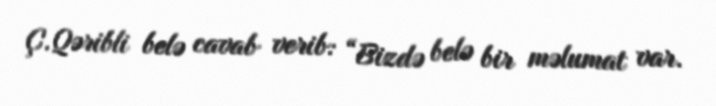
Ç.Qəribli belə cavab verib: “Bizdə belə bir məlumat var.